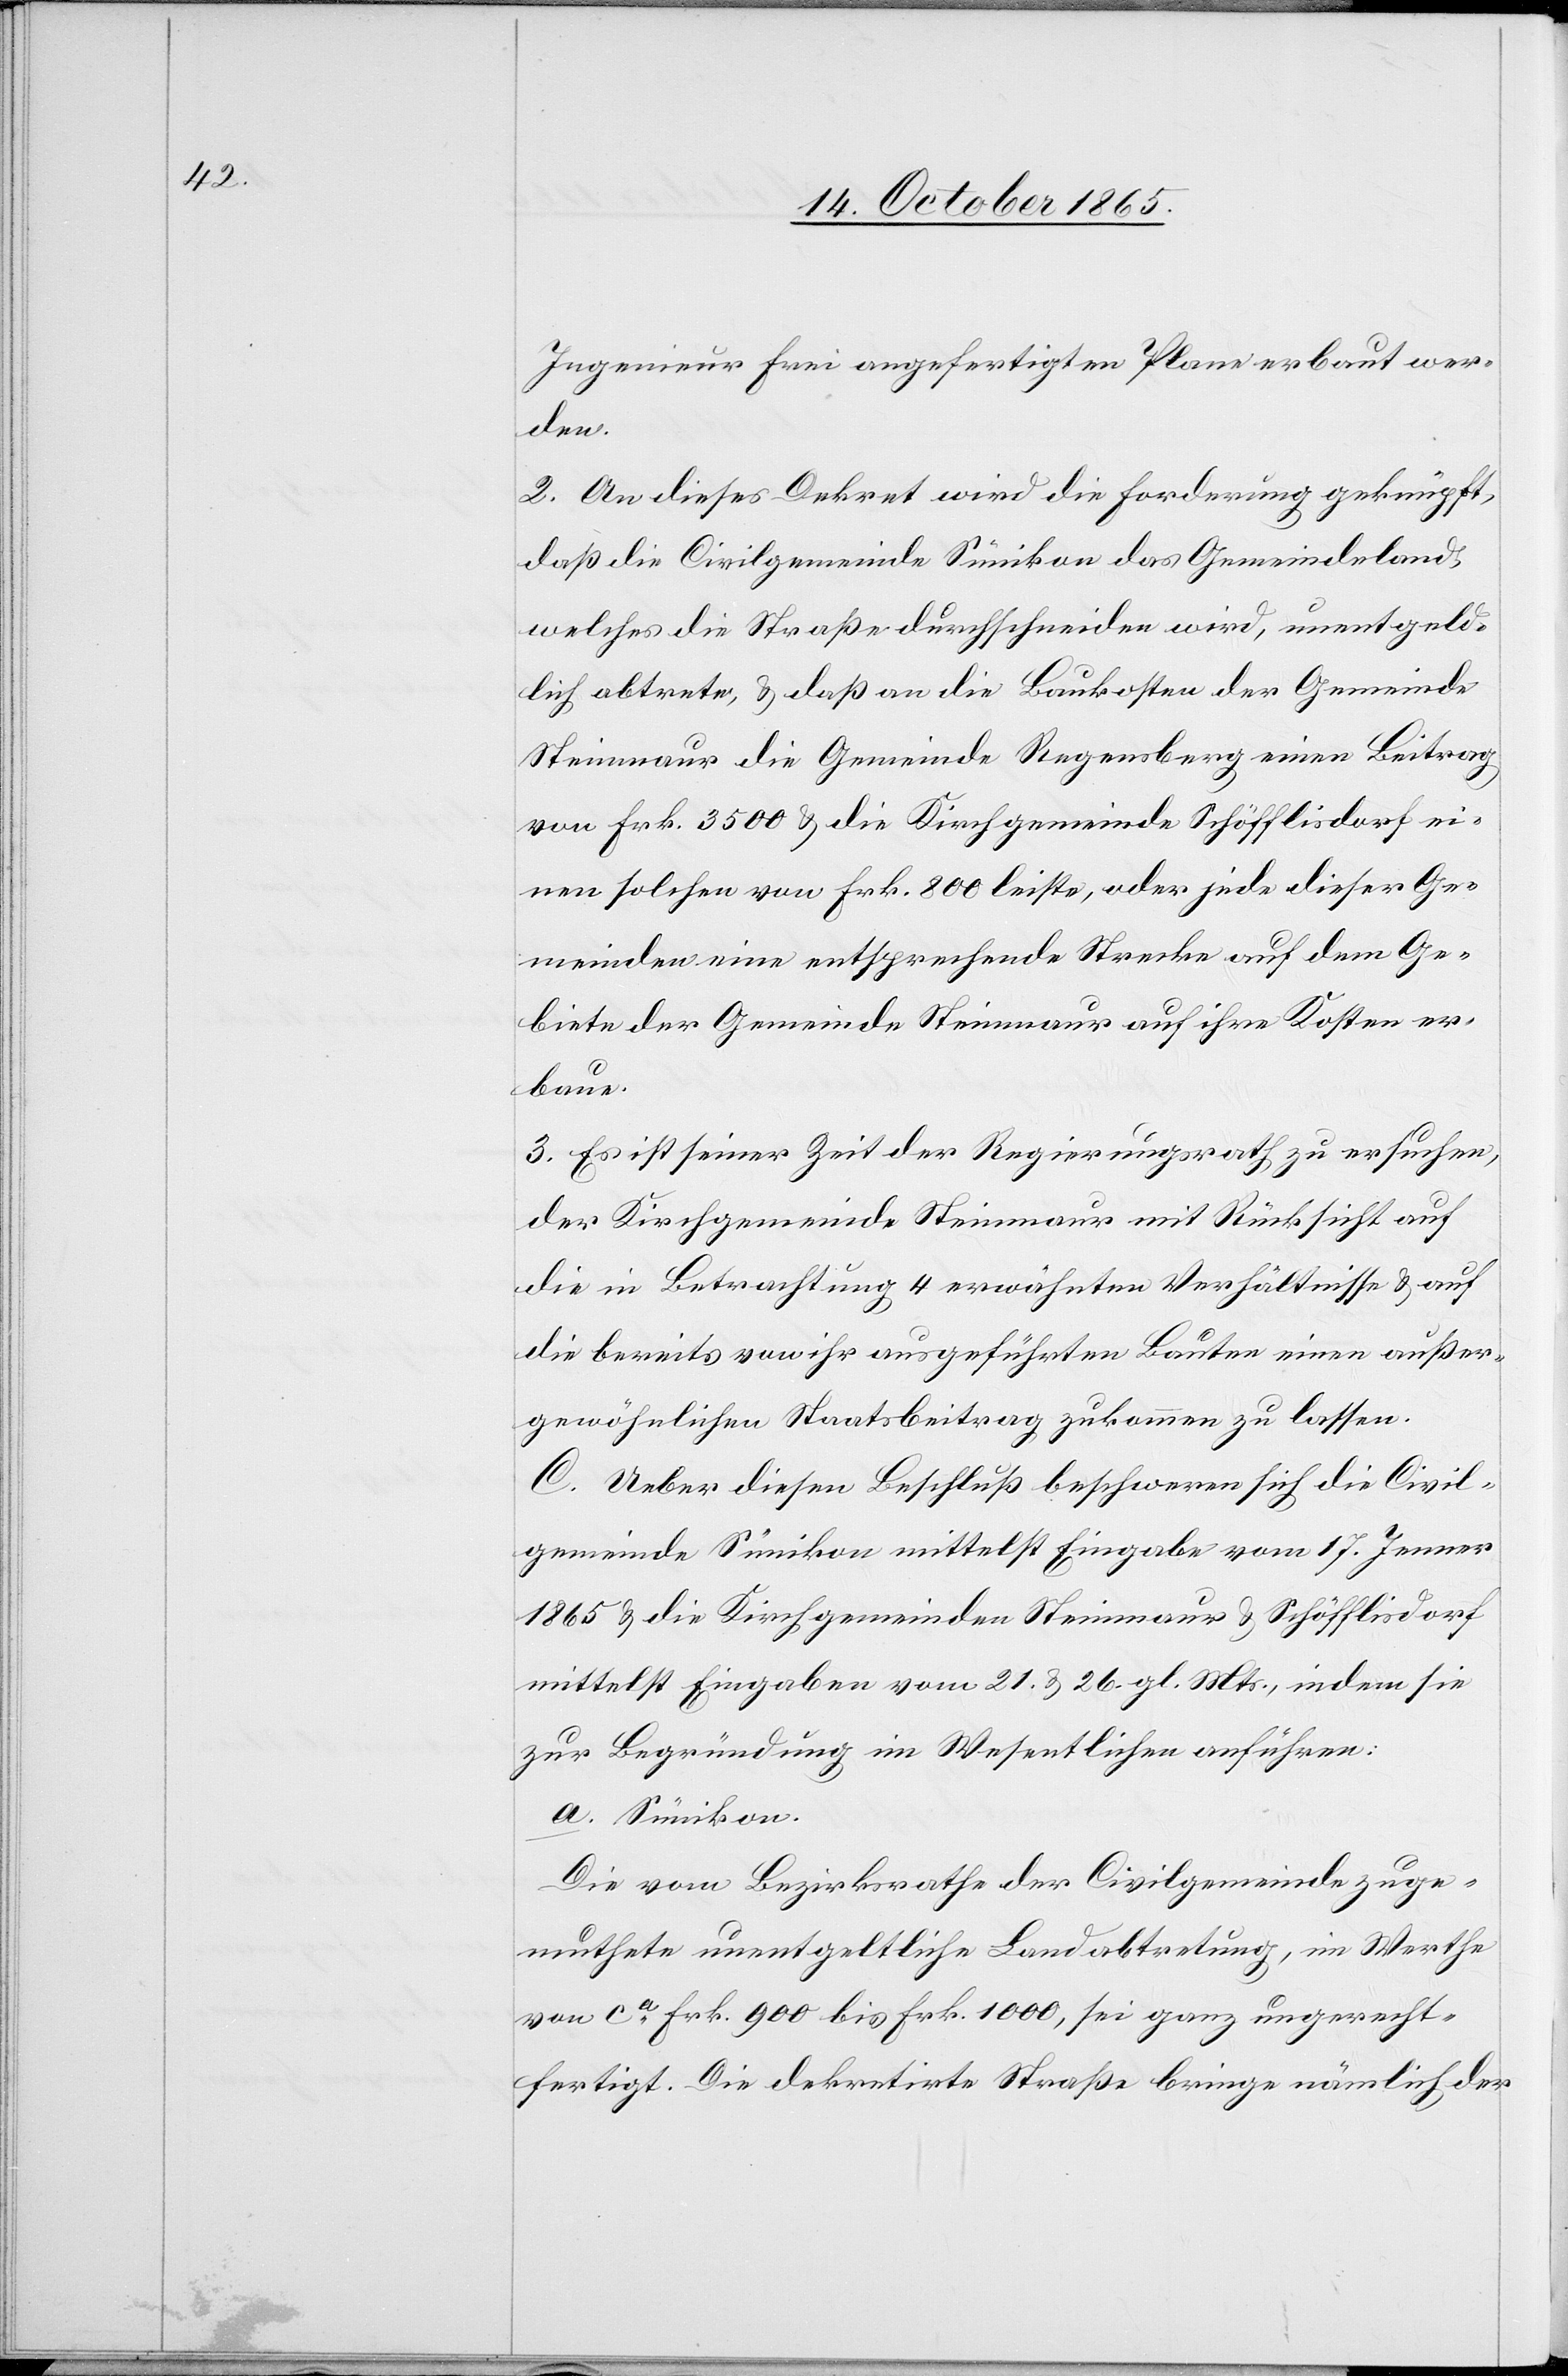
Ingenieur Frei angefertigten Plane erbaut wer¬
den.
2. An dieses Dekret wird die Forderung geknüpft,
daß die Civilgemeinde Sünikon das Gemeindeland,
welches die Straße durchschneiden wird, unentgeld¬
lich abtrete, & daß an die Baukosten der Gemeinde
Steinmaur die Gemeinde Regensberg einen Beitrag
von Frk. 3500 & die Kirchgemeinde Schöfflisdorf ei¬
nen solchen von Frk. 800 leiste, oder jede dieser Ge¬
meinden eine entsprechende Strecke auf dem Ge¬
biete der Gemeinde Steinmaur auf ihre Kosten er¬
baue.
3. Es ist seiner Zeit der Regierungsrath zu ersuchen,
der Kirchgemeinde Steinmaur mit Rücksicht auf
die in Betrachtung 4 erwähnten Verhältnisse & auf
die bereits von ihr ausgeführten Bauten einen außer¬
gewöhnlichen Staatsbeitrag zukommen zu lassen.
C. Ueber diesen Beschluß beschweren sich die Civil¬
gemeinde Sünikon mittelst Eingabe vom 17. Januar
1865 & die Kirchgemeinden Steinmaur & Schöfflisdorf
mittelst Eingaben vom 21. & 26. gl. Mts., indem sie
zur Begründung im Wesentlichen anführen:
a. Sünikon.
Die vom Bezirksrathe der Civilgemeinde zuge¬
muthete unentgeltliche Landabtretung, im Werthe
von ca Frk. 900 bis Frk. 1000, sei ganz ungerecht¬
fertigt. Die dekretirte Straße bringe nämlich der